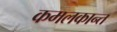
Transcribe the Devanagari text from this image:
कमलकान्‍त